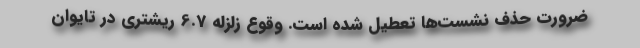
ضرورت حذف نشست‌ها تعطیل شده است. وقوع زلزله 6.7 ریشتری در تایوان